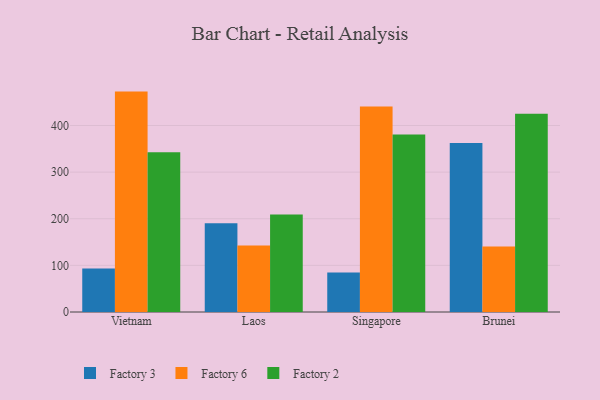
{"axis": {"x": "Country", "y": "Website Visitors"}, "legend": ["Factory 2", "Factory 3", "Factory 6"], "data": [{"x": "Vietnam", "y": 93.4, "type": "Factory 3"}, {"x": "Vietnam", "y": 472.7, "type": "Factory 6"}, {"x": "Vietnam", "y": 342.7, "type": "Factory 2"}, {"x": "Laos", "y": 190.2, "type": "Factory 3"}, {"x": "Laos", "y": 142.8, "type": "Factory 6"}, {"x": "Laos", "y": 208.9, "type": "Factory 2"}, {"x": "Singapore", "y": 84.6, "type": "Factory 3"}, {"x": "Singapore", "y": 440.5, "type": "Factory 6"}, {"x": "Singapore", "y": 380.7, "type": "Factory 2"}, {"x": "Brunei", "y": 362.4, "type": "Factory 3"}, {"x": "Brunei", "y": 140.6, "type": "Factory 6"}, {"x": "Brunei", "y": 425.3, "type": "Factory 2"}]}